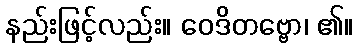
နည်းဖြင့်လည်း။ ဝေဒိတဗ္ဗော၊ ၏။